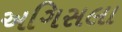
અગિસલા